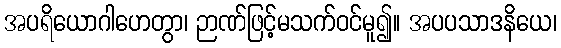
အပရိယောဂါဟေတွာ၊ ဉာဏ်ဖြင့်မသက်ဝင်မူ၍။ အပပသာဒနိယေ၊